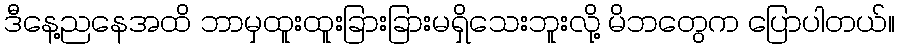
ဒီနေ့ညနေအထိ ဘာမှထူးထူးခြားခြားမရှိသေးဘူးလို့ မိဘတွေက ပြောပါတယ်။